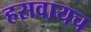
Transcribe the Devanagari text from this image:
हसवायच